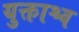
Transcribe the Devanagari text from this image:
युक्ताश्च